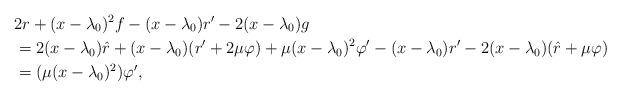
LaTeX: \begin{align*}&2r+(x-\lambda_0)^2f-(x-\lambda_0)r'-2(x-\lambda_0)g\\&=2(x-\lambda_0)\hat{r}+(x-\lambda_0)(r'+2\mu\varphi)+\mu(x-\lambda_0)^2\varphi'-(x-\lambda_0)r'-2(x-\lambda_0)(\hat{r}+\mu\varphi)\\&=(\mu(x-\lambda_0)^2)\varphi',\end{align*}